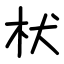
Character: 枤